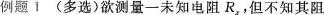
例题1 (多选)欲测量一未知电阻R_{x}，但不知其阻